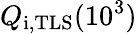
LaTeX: Q_{\mathrm{i,TLS}}(10^{3})